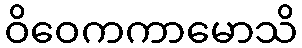
ဝိဝေကကာမောသိ